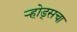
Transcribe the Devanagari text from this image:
ऱ्होड्सचा